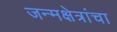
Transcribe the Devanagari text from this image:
जन्मक्षेत्रांचा